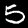
Digit: 5